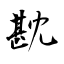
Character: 㽎